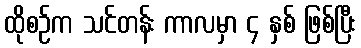
ထိုစဉ်က သင်တန်း ကာလမှာ ၄ နှစ် ဖြစ်ပြီး